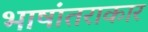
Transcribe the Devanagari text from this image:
भाषांतराकार